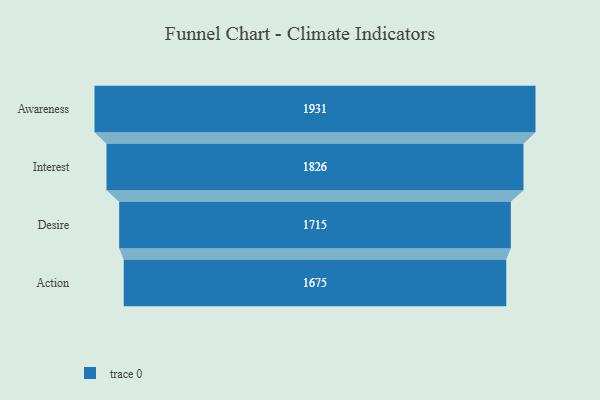
{"axis": {"x": "Stage", "y": "Value"}, "legend": [""], "data": [{"x": "Awareness", "y": 1931.0, "type": ""}, {"x": "Interest", "y": 1826.0, "type": ""}, {"x": "Desire", "y": 1715.0, "type": ""}, {"x": "Action", "y": 1675.0, "type": ""}]}